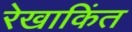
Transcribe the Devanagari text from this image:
रेखाकिंत